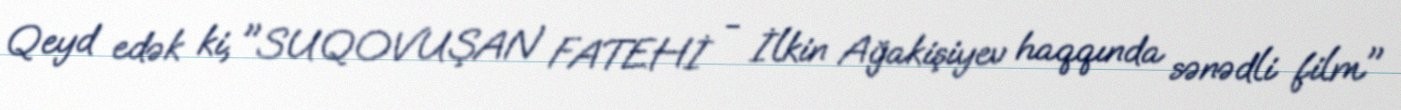
Qeyd edək ki, "SUQOVUŞAN FATEHİ - İlkin Ağakişiyev haqqında sənədli film"